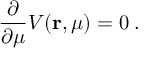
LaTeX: \frac { \partial } { \partial \mu } V ( { \bf r } , \mu ) = 0 \; .